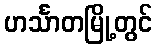
ဟင်္သာတမြို့တွင်